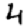
Digit: 4